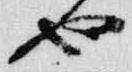
也